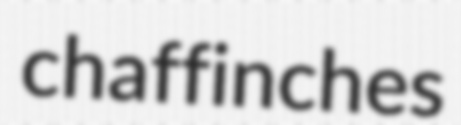
chaffinches